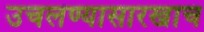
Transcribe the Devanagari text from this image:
उचलण्यासारखाच